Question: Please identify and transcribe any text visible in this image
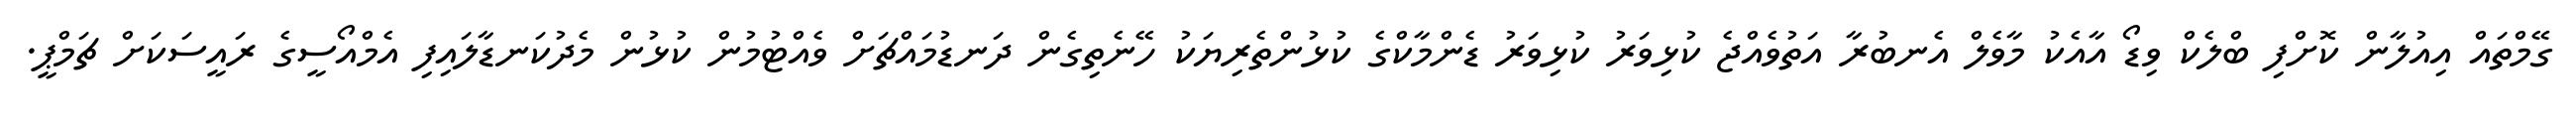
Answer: ގޭމްތައް އިއުލާން ކޮށްފި ބްލެކް ވިޑޯ އާއެކު މާވެލް އެނބުރާ އަތުވެއްޖެ ކުޅިވަރު ކުޅިވަރު ޑެންމާކްގެ ކުޅުންތެރިޔަކު ހޭނެތިގެން ދަނޑުމައްޗަށް ވެއްޓުމުން ކުޅުން މެދުކަނޑާލައިފި އެމްއޯސީގެ ރައީސަކަށް ޗަމްޕީ.